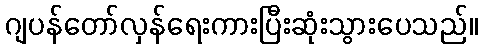
ဂျပန်တော်လှန်ရေးကားပြီးဆုံးသွားပေသည်။